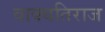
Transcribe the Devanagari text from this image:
वाक्यतिराज